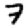
Digit: 7